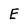
Character: E